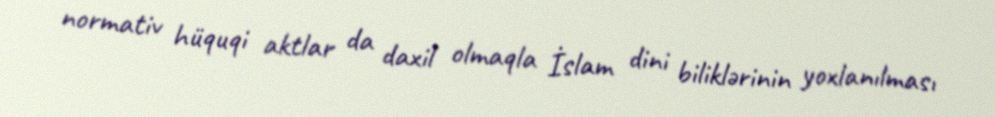
normativ hüquqi aktlar da daxil olmaqla İslam dini biliklərinin yoxlanılması